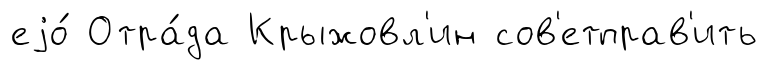
еjо́ Отра́да Крыжовл'ин сов'етправ'ить